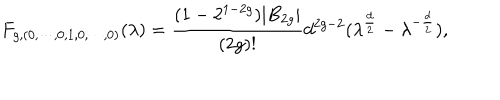
F _ { g , ( 0 , \cdots , 0 , 1 , 0 , \cdots , 0 ) } ( \lambda ) = { \frac { ( 1 - 2 ^ { 1 - 2 g } ) | B _ { 2 g } | } { ( 2 g ) ! } } d ^ { 2 g - 2 } ( \lambda ^ { \frac { d } { 2 } } - \lambda ^ { - { \frac { d } { 2 } } } ) ,